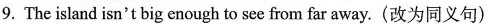
9. The island isn't big enough to see from far away.(改为同义句)